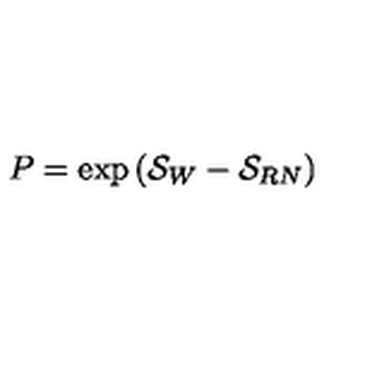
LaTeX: P = \exp \left( { \cal S } _ { W } - { \cal S } _ { R N } \right)